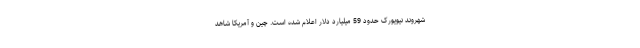
شهروند نیویورک حدود 59 میلیارد دلار اعلام شده است. چین و آمریکا شاهد